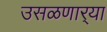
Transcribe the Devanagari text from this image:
उसळणार्‍या